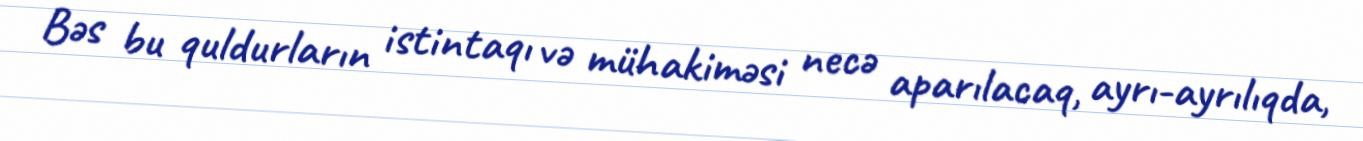
Bəs bu quldurların istintaqı və mühakiməsi necə aparılacaq, ayrı-ayrılıqda,